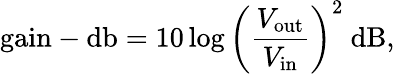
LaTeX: {\mathrm{gain-db}}=10\log\left({\frac{V_{\mathrm{out}}}{V_{\mathrm{in}}}}\right)^{2}~{\mathrm{dB}},